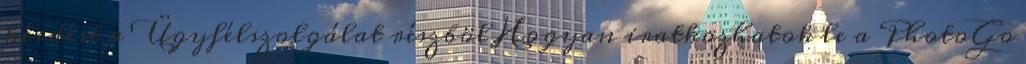
kérdést a Ügyfélszolgálat részböl Hogyan iratkozhatok le a PhotoGo